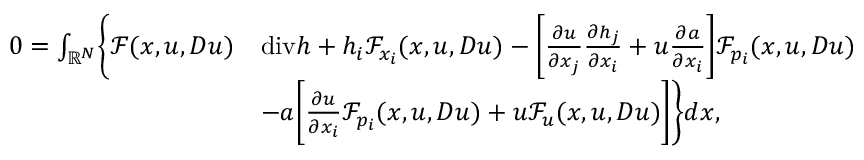
\begin{array} { r l } { 0 = \int _ { \mathbb R ^ { N } } \biggl \{ \mathcal { F } ( x , u , D u ) } & { \mathrm { d i v } h + h _ { i } \mathcal { F } _ { x _ { i } } ( x , u , D u ) - \biggl [ \frac { \partial u } { \partial x _ { j } } \frac { \partial h _ { j } } { \partial x _ { i } } + u \frac { \partial a } { \partial x _ { i } } \biggr ] \mathcal { F } _ { p _ { i } } ( x , u , D u ) } \\ & { - a \biggl [ \frac { \partial u } { \partial x _ { i } } \mathcal { F } _ { p _ { i } } ( x , u , D u ) + u \mathcal { F } _ { u } ( x , u , D u ) \biggr ] \biggr \} d x , } \end{array}